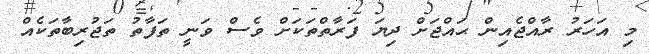
މި އަހަރު ރާއްޖެއިން ޙައްޖަށް ދިޔަ ފަރާތްތަކަށް ވެސް ވަނީ ތަފާތު ތަޖުރިބާތަކެއް